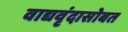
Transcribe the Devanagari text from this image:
वाद्यवृंदासोबत